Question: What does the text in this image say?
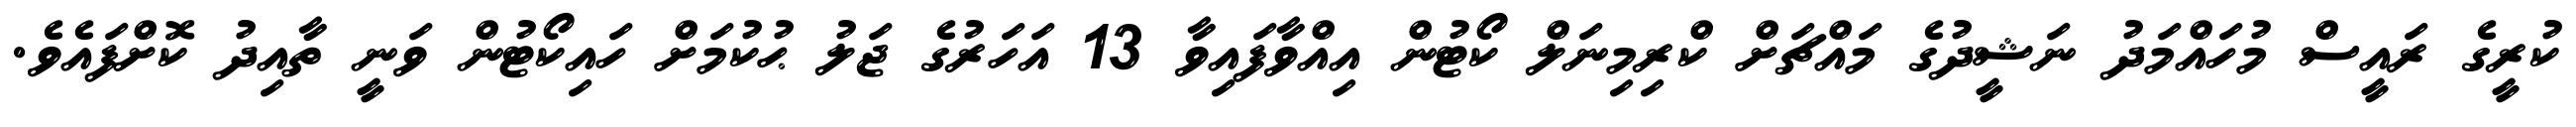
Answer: ކުރީގެ ރައީސް މުހައްމަދު ނަޝީދުގެ މައްޗަށް ކްރިމިނަލް ކޯޓުން އިއްވާފައިވާ 13 އަހަރުގެ ޖަލު ޙުކުމަށް ހައިކޯޓުން ވަނީ ތާއިދު ކޮށްފައެވެ.